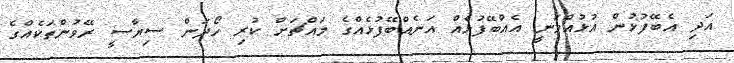
އަދި އެބޭފުޅުން އުޅުއްވަނީ އެއްބޭފުޅެއް އަނެއްބޭފުޅެއްގެ މައްޗަށް ކުރި ހޯދަން ސިޔާސީ ރޭވުންތަކެއްގެ